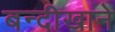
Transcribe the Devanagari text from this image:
बन्दीखाने